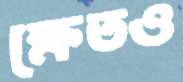
ক্ষেতও